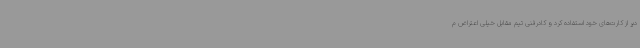
دیر از کارت‌های خود استفاده کرد و کادرفنی تیم مقابل خیلی اعتراض م